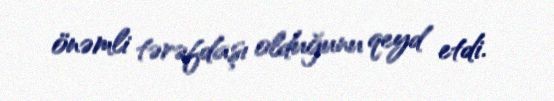
önəmli tərəfdaşı olduğunu qeyd etdi.